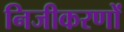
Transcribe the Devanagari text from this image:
निजीकरणों